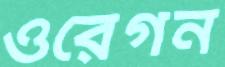
ওরেগন